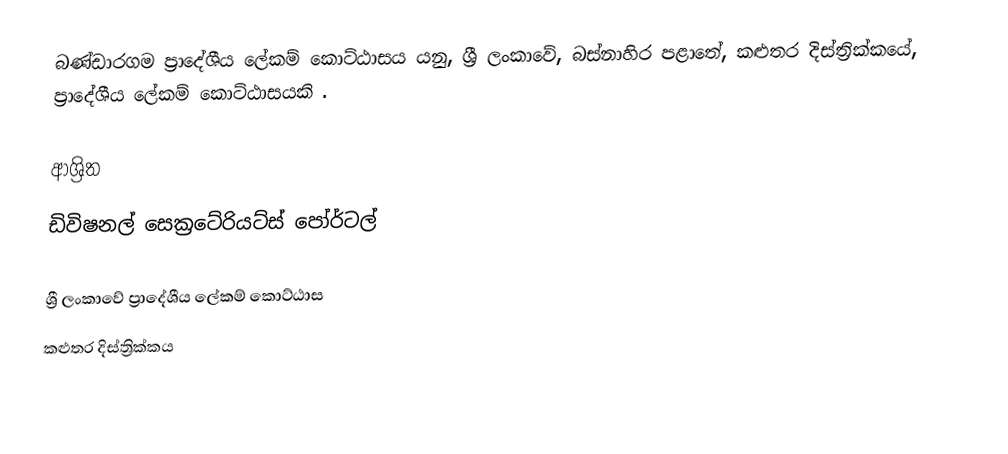
බණ්ඩාරගම ප්‍රාදේශීය ලේකම් කොට්ඨාසය යනු,  ශ්‍රී ලංකාවේ, බස්නාහිර පළාතේ,   කළුතර දිස්ත්‍රික්කයේ, ප්‍රාදේශීය ලේකම් කොට්ඨාසයකි .

ආශ්‍රිත
 ඩිවිෂනල් සෙක්‍රටේරියට්ස් පෝර්ටල්

ශ්‍රී ලංකාවේ ප්‍රාදේශීය ලේකම් කොට්ඨාස
කළුතර දිස්ත්‍රික්කය